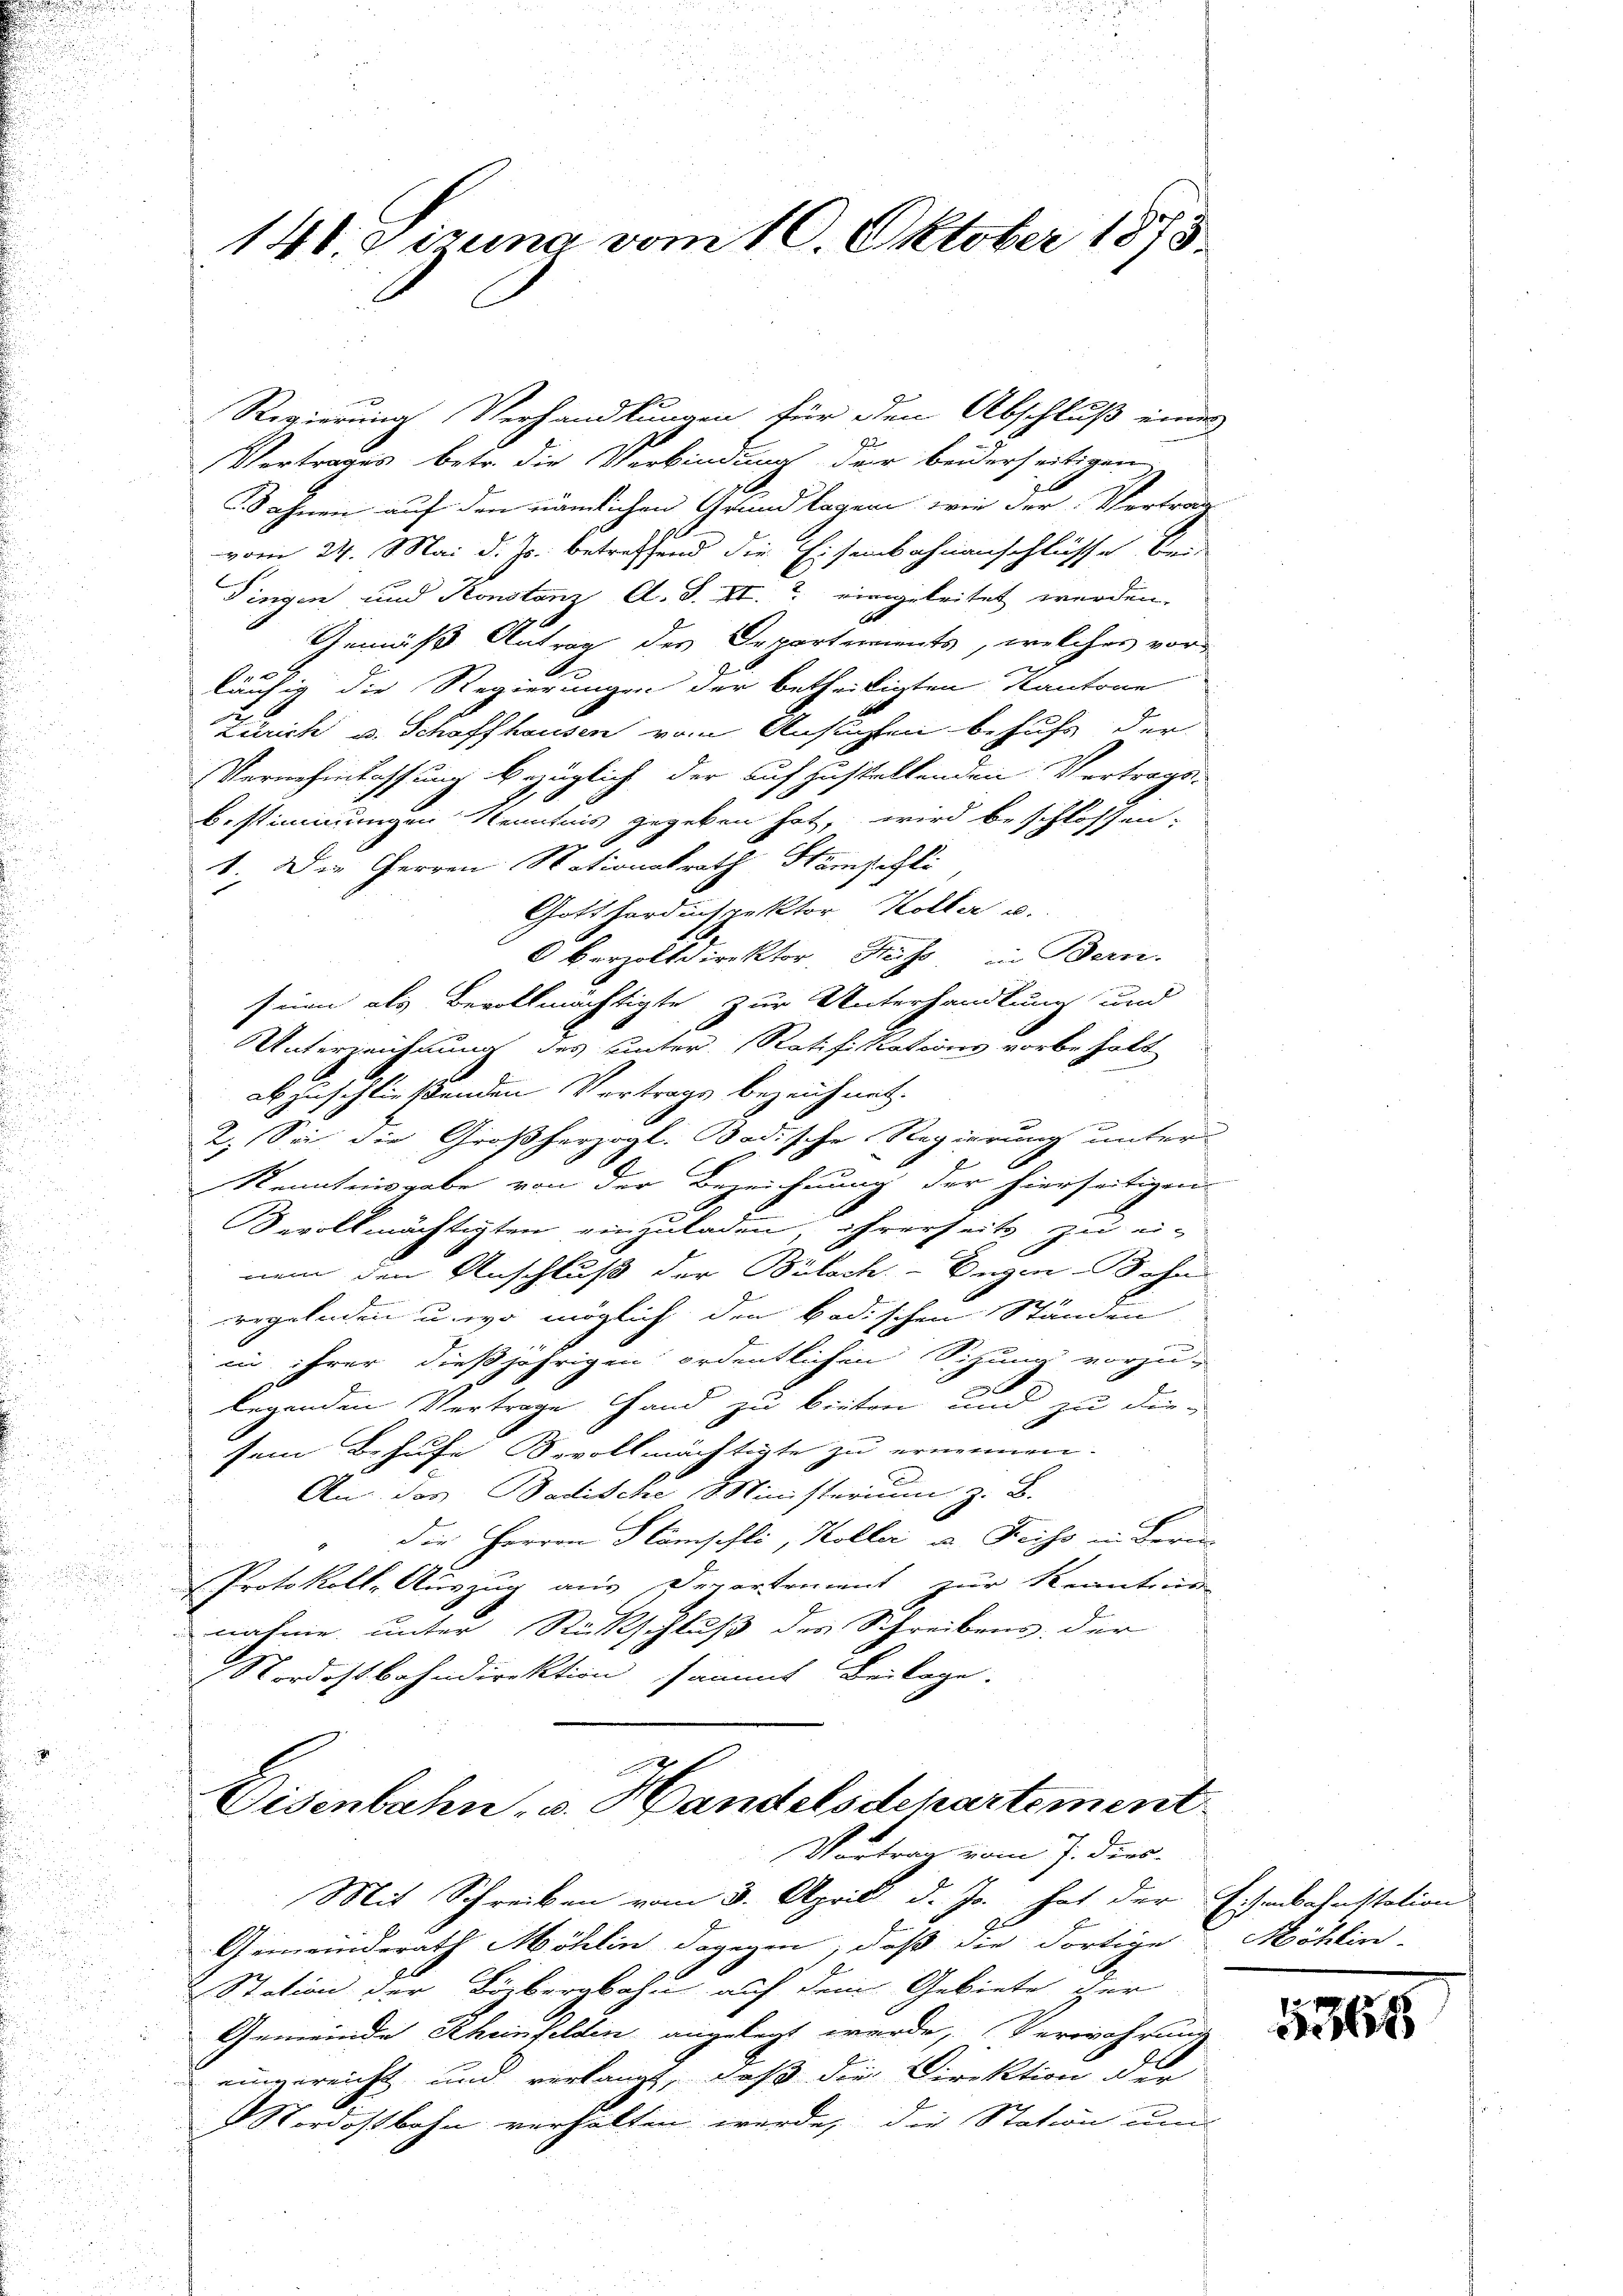
148. dirung vom 10. Oktober 1873.

Regierung Verhandlungen für den Abschluß eines
Vertrages betr. die Verbindung der beiderseitigen
Fahnen auf den nämlichen Grundlagen wie der Vertrau
vom 24. Mai d. Js. betreffend die Eisenbahnanschlüsse bei
Pingen und Konstanz A. S. XI. eingeleitet werden.
A
Gemäß Antrag des Departements, welches vor
läufig die Regierungen der betheiligten Kantone
Zürich u. Schaffhausen vom Ansuchten behufs der
Vernehmlassung bezüglich der aufzustellenden Vertrags-
Bestimmungen Kenntnis gegeben hat, wird beschlossen:
1. Die Herren Nationalrath Steinschli
Gotthordinspektor Koller u.
Oberzolldirektor Russ, in Bern.
seien als Bevollmächtigte zur Unterhandlung und
Unterzeichnung des unter. Ratifikations vorbehalt
abzuschließenden Vertrags bezeichnet.
2. Sei die Großherzogl. Badische Regierung unter
Kenntnisgabe von der Bezeichnung der hierseitigen
Devollmächtigten einzuladen, ihrerseits zu ei-
nem den Anschluß der Bülach. - Eugen Bohn

eegelnden u. wo möglich den badischen Standen
in ihrer dießjährigen ordentlichen Sitzung vorzu-
c
legenden Vertrage Hand zu bieten und zu die-
sem Behufe Bevollmächtigte zu ernennen.
An: Jos. Badische Ministerium z. B.
die Herren Stämpfli, Koller u. Kreiss in deren
Protokoll, Auszug aus Departement zur Kenntni
nahme unter Rückschluß des Schreibens der
Nordostbahndirektion sammt Beilage.

Eisenbahn v. Handelsdepartement
Vortrag vom J. dies

Mit Schreiben vom 3. April d. Js. hat der Eisenbahnstation
Gemeinderath Möhlin dagegen, daß die dortige
Station der Bözbergbahn auf dem Gebiete ger
Gemeinde Rheinfelden angelegt wurde, Verwahrung
eingereicht und verlangt, daß die Direktion der
MNordostbahn verhalten werde, die Station um

Möhlin

5368